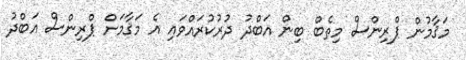
މަޤާމުން ޕްރިންސް މިތެބް ބިން އަބްދު ދުރުކުރައްވައި އެ މަޤާމަށް ޕްރިންސް އަބްދު